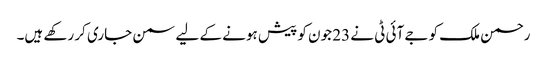
رحمن ملک کو جے آئی ٹی نے 23 جون کو پیش ہونے کے لیے سمن جاری کر رکھے ہیں۔